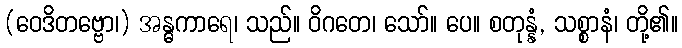
(ဝေဒိတဗ္ဗော၊) အန္ဓကာရေ၊ သည်။ ဝိဂတေ၊ သော်။ ပေ။ စတုန္နံ, သစ္စာနံ၊ တို့၏။